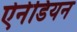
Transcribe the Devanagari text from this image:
ऐनेडियन